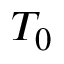
T _ { 0 }